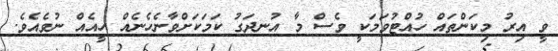
ވީ އިރު މިކަންތައް ހުއްޓުވަމަކީ ވެސް މާ އުނދަގު ކަމަކަށްވާނެހެނެއް ހީއެއް ނުވެއެވެ.